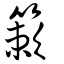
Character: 簌